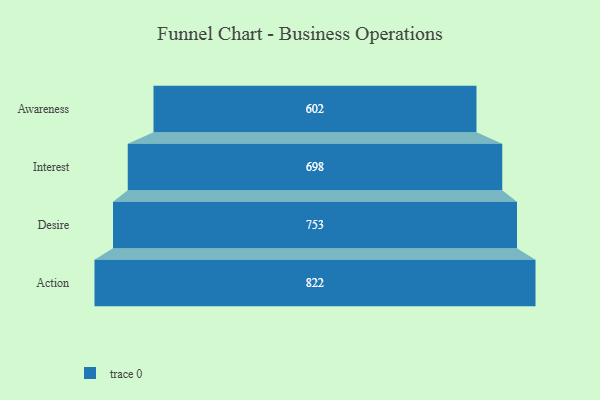
{"axis": {"x": "Stage", "y": "Value"}, "legend": [""], "data": [{"x": "Awareness", "y": 602.0, "type": ""}, {"x": "Interest", "y": 698.0, "type": ""}, {"x": "Desire", "y": 753.0, "type": ""}, {"x": "Action", "y": 822.0, "type": ""}]}